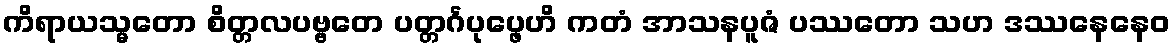
ကိရာယသ္မတော စိတ္တလပဗ္ဗတေ ပတ္တင်္ဂပုပ္ဖေဟိ ကတံ အာသနပူဇံ ပဿတော သဟ ဒဿနေနေဝ